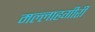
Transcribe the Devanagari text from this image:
मल्लाहगीरी